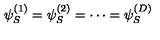
\psi _ { S } ^ { ( 1 ) } = \psi _ { S } ^ { ( 2 ) } = \cdots = \psi _ { S } ^ { ( D ) }